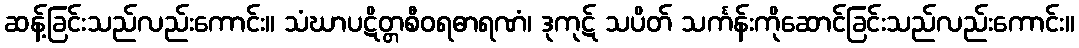
ဆန့်ခြင်းသည်လည်းကောင်း။ သံဃာပဋိတ္တစီဝရဓာရဏံ၊ ဒုကုဋ် သပိတ် သင်္ကန်းကိုဆောင်ခြင်းသည်လည်းကောင်း။